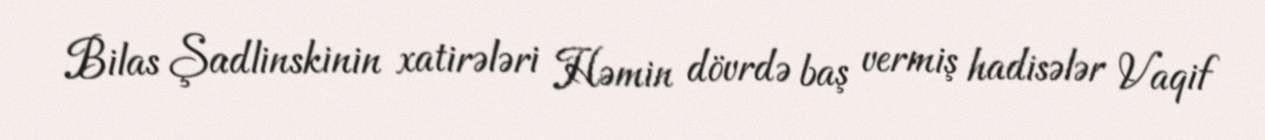
Bilas Şadlinskinin xatirələri Həmin dövrdə baş vermiş hadisələr Vaqif